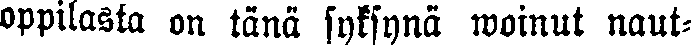
oppilasta on tänä syksynä woinut naut-